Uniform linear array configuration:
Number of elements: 64
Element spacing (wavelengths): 0.25
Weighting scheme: blackman
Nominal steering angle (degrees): -60
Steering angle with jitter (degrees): -58.873
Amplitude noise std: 0.05
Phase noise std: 0.05

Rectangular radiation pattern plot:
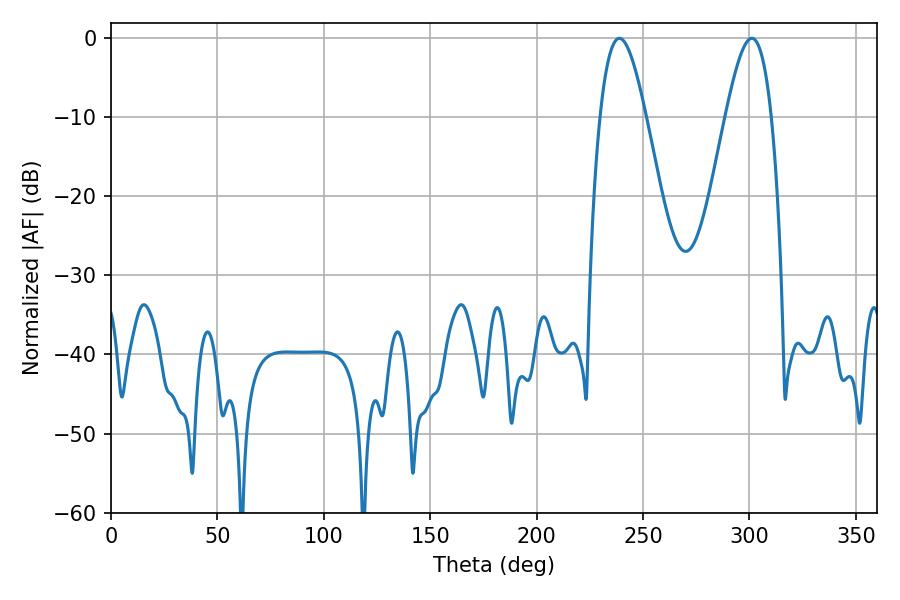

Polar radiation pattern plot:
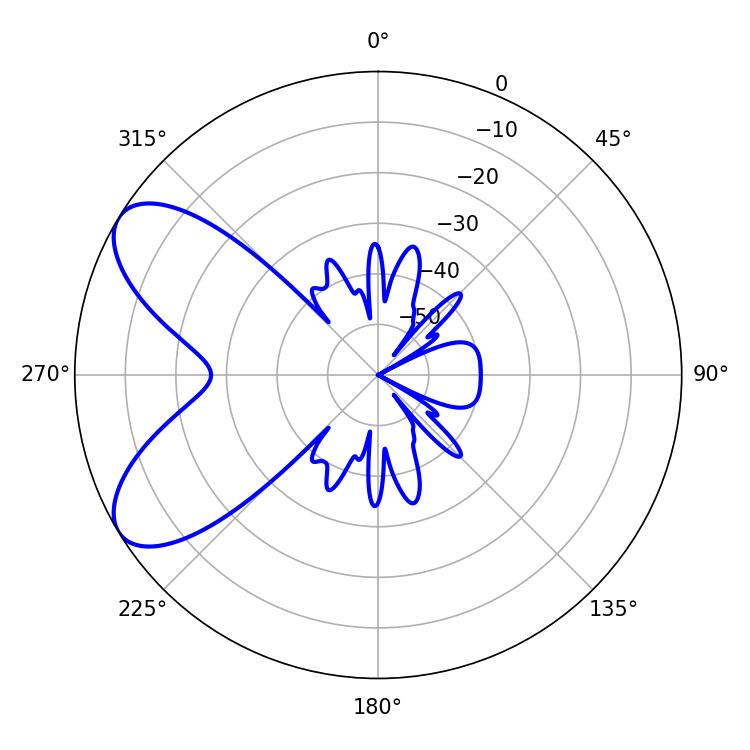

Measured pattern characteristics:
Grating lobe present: FALSE
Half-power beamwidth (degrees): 11.52
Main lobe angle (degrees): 238.86